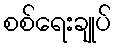
စစ်ရေးချုပ်